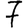
Digit: 7